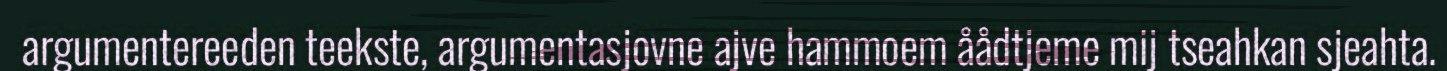
argumentereeden teekste, argumentasjovne ajve hammoem åådtjeme mij tseahkan sjeahta.